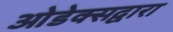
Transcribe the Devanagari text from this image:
ओडेक्सद्वारा